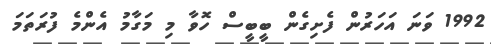
1992 ވަނަ އަހަރުން ފެށިގެން ބީބީސް ހޮވާ މި މަގާމު އެންމެ ފުރަތަމަ